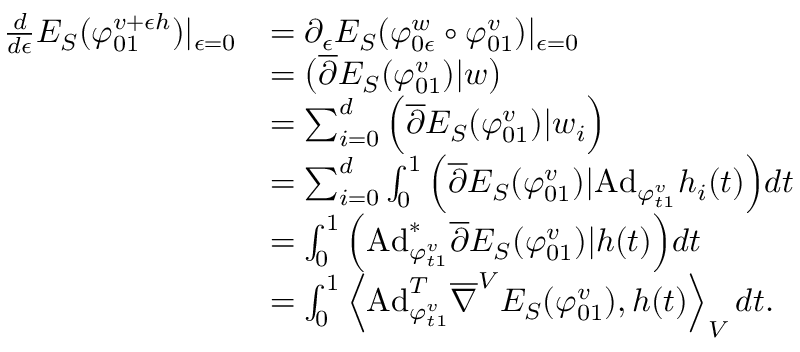
\begin{array} { r l } { \frac { d } { d \epsilon } E _ { S } ( \varphi _ { 0 1 } ^ { v + \epsilon h } ) | _ { \epsilon = 0 } } & { = \partial _ { \epsilon } E _ { S } ( \varphi _ { 0 \epsilon } ^ { w } \circ \varphi _ { 0 1 } ^ { v } ) | _ { \epsilon = 0 } } \\ & { = \big ( \overline { { \partial } } E _ { S } ( \varphi _ { 0 1 } ^ { v } ) | w \big ) } \\ & { = \sum _ { i = 0 } ^ { d } \Big ( \overline { { \partial } } E _ { S } ( \varphi _ { 0 1 } ^ { v } ) | w _ { i } \Big ) } \\ & { = \sum _ { i = 0 } ^ { d } \int _ { 0 } ^ { 1 } \Big ( \overline { { \partial } } E _ { S } ( \varphi _ { 0 1 } ^ { v } ) | \mathrm { A d } _ { \varphi _ { t 1 } ^ { v } } h _ { i } ( t ) \Big ) d t } \\ & { = \int _ { 0 } ^ { 1 } \Big ( \mathrm { A d } _ { \varphi _ { t 1 } ^ { v } } ^ { \ast } \overline { { \partial } } E _ { S } ( \varphi _ { 0 1 } ^ { v } ) | h ( t ) \Big ) d t } \\ & { = \int _ { 0 } ^ { 1 } \left\langle \mathrm { A d } _ { \varphi _ { t 1 } ^ { v } } ^ { T } \overline { { \nabla } } ^ { V } E _ { S } ( \varphi _ { 0 1 } ^ { v } ) , h ( t ) \right\rangle _ { V } d t . } \end{array}